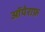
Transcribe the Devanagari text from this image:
ऑपेराफ़